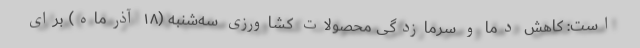
است: کاهش دما و سرمازدگی محصولات کشاورزی سه‌شنبه (۱۸ آذرماه) برای